Plague in India, 1896, 1897 - Volume 3
Year: 1896
Disease focus: Plague
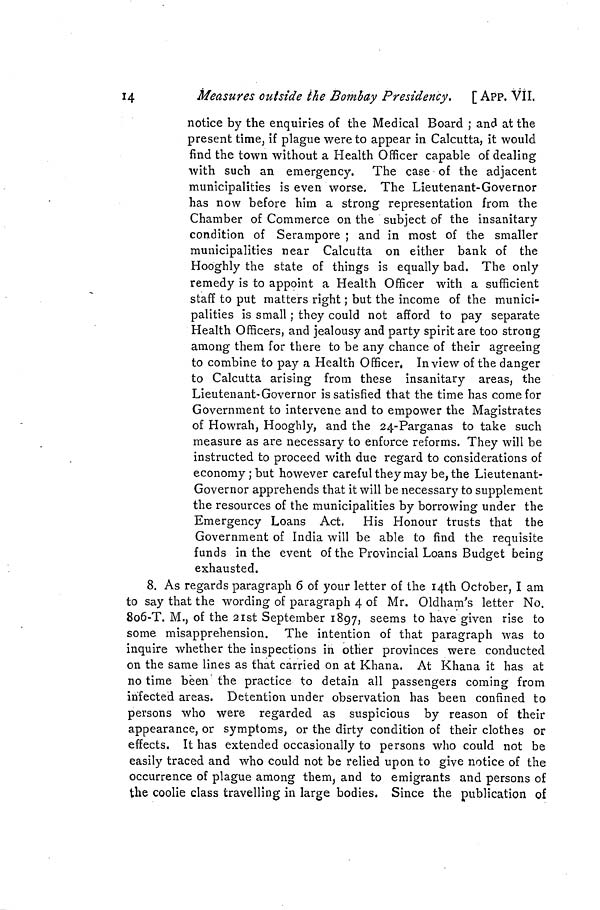
4
Measures outside the Bombay Presidency. [ APP. VII.
notice by the enquiries of the Medical Board ; and at the
present time, if plague were to appear in Calcutta, it would
find the town without a Health Officer capable of dealing
with such an emergency. The case of the adjacent
municipalities is even worse. The Lieutenant-Governor
has now before him a strong representation from the
Chamber of Commerce on the subject of the insanitary
condition of Serampore ; and in most of the smaller
municipalities near Calcutta on either bank of the
Hooghly the state of things is equally bad. The only
remedy is to appoint a Health Officer with a sufficient
staff to put matters right ; but the income of the munici-
palities is small ; they could not afford to pay separate
Health Officers, and jealousy and party spirit are too strong
among them for there to be any chance of their agreeing
to combine to pay a Health Officer, In view of the danger
to Calcutta arising from these insanitary areas, the
Lieutenant. Governor is satisfied that the time has come for
Government to intervene and to empower the Magistrates
of Howrah, Hooghly, and the 24-Parganas to take such
measure as are necessary to enforce reforms. They will be
instructed to proceed with due regard to considerations of
economy ; but however careful they may be, the Lieutenant-
Governor apprehends that it will be necessary to supplement
the resources of the municipalities by borrowing under the
Emergency Loans Act. His Honour trusts that the
Government of India will be able to find the requisite
funds in the event of the Provincial Loans Budget being
exhausted.
8. As regards paragraph 6 of your letter of the I4th October, I am
to say that the wording of paragraph 4 of Mr. Oldham's letter No.
8o6-T. M., of the 21st September 1897, seems to have given rise to
some misapprehension. The intention of that paragraph was to
inquire whether the inspections in other provinces were conducted
on the same lines as that carried on at Khana. At Khana it has at
no time been the practice to detain all passengers coming from
infected areas. Detention under observation has been confined to
persons who were regarded as suspicious by reason of their
appearance, or symptoms, or the dirty condition of their clothes or
effects. It has extended occasionally to persons who could not be
easily traced and who could not be relied upon to give notice of the
occurrence of plague among them, and to emigrants and persons of
the coolie class travelling in large bodies. Since the publication of